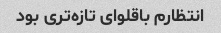
انتظارم باقلوای تازه‌تری بود